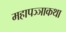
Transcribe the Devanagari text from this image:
महापञ्ञाकथा